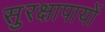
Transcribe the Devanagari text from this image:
सुरक्षापायों